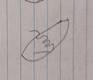
Signature authenticity: forged